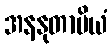
အနနုတာပိယံ